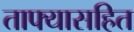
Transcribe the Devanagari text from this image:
ताफ्यासहित